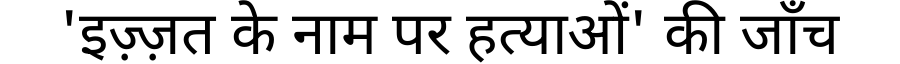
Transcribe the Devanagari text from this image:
'इज़्ज़त के नाम पर हत्याओं' की जाँच